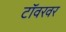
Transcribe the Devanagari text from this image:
टॉवरवर